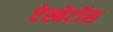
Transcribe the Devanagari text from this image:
ऐस्बेटॉस